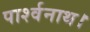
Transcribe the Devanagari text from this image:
पार्श्वनाथ।